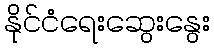
နိုင်ငံရေးဆွေးနွေး